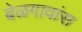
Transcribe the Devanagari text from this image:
बेळगावांस